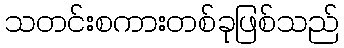
သတင်းစကားတစ်ခုဖြစ်သည်